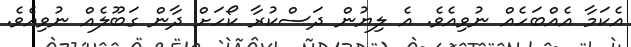
އެކަމާ އެއްބަހެއް ނުވިއެވެ. އެ ލިޔުން ދަސްކުރާ ކޯހަށް ދާން ގަބޫލެއް ނުވިއެވެ.